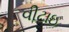
વીટાઇ